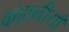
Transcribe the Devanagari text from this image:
कहानीयाँ